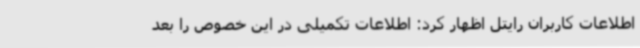
اطلاعات کاربران رایتل اظهار کرد: اطلاعات تکمیلی در این خصوص را بعد